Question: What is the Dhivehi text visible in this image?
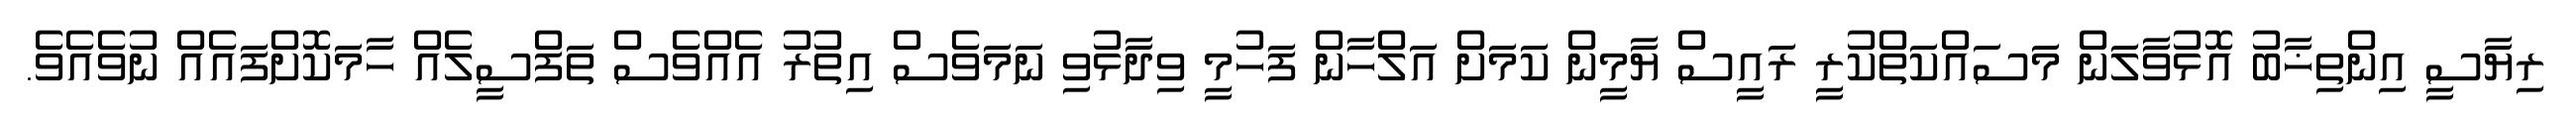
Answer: ރިޔާސީ އިންތިޚާބު އޮޅުވާލަން މަސައްކަތްކުރީ ރައީސް ޔާމީން ކަމަށް އަލްހާން ފަހުމީ ވިދާޅުވި ނަމަވެސް އިތުރު އެއްވެސް ތަފްސީލެއް ހާމަކޮށްފައެއް ނުވެއެވެ.